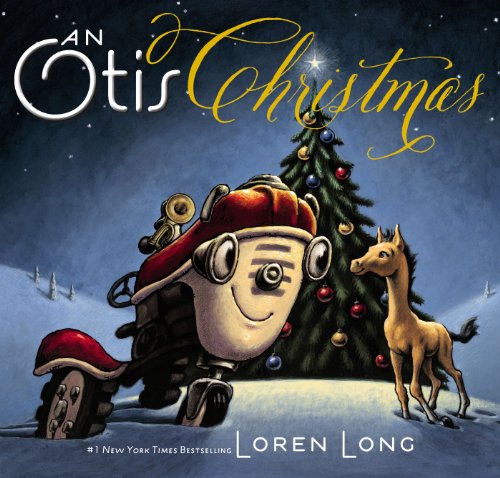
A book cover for An Otis Christmas; Loren Long; Children's Books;